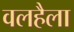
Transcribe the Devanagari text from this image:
वलहैला